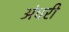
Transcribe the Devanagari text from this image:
अंधरी